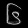
Digit: ၆